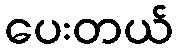
ပေးတယ်